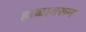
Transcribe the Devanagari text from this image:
हाळावरून